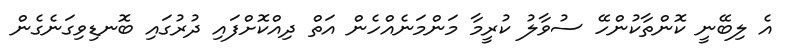
އެ ލިބޭނީ ކޮންތާކުންހޭ ސުވާލު ކުރީމާ މަންމަނެއްހެން އަތް ދިއްކޮށްފައި ދުރުގައި ބޮނޑިވިގަނެގެން